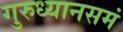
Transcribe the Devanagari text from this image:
गुरुध्यानसमं